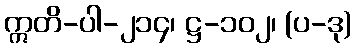
ဣတိ-ပါ-၂၁၄၊ ဋ္ဌ-၁၀၂၊ (ပ-ဒု)